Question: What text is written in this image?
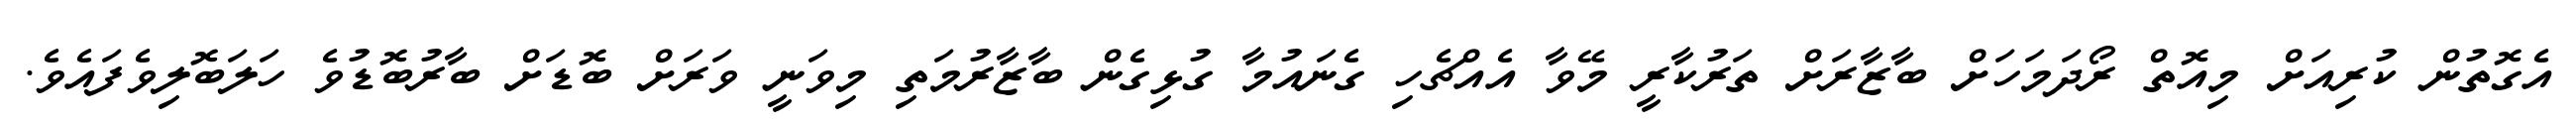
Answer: އެގޮތުން ކުރިއަށް މިއޮތް ރޯދަމަހަށް ބާޒާރަށް ތަރުކާރީ މޭވާ އެއްޗެހި ގެނައުމާ ގުޅިގެން ބާޒާރުމަތި މިވަނީ ވަރަށް ބޮޑަށް ބާރުބޮޑުވެ ހަލަބޮލިވެފައެވެ.